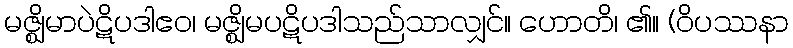
မဇ္ဈိမာပဲဋိပဒါဧဝ၊ မဇ္ဈိမပဋိပဒါသည်သာလျှင်။ ဟောတိ၊ ၏။ (ဝိပဿနာ